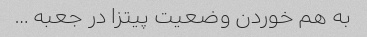
به هم خوردن وضعیت پیتزا در جعبه …